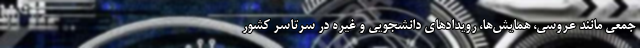
جمعی مانند عروسی، همایش‌ها، رویدادهای دانشجویی و غیره در سرتاسر کشور